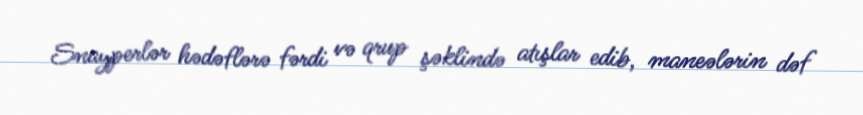
Snayperlər hədəflərə fərdi və qrup şəklində atışlar edib, maneələrin dəf